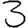
Digit: 3